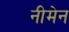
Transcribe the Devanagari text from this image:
नीमेन